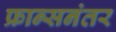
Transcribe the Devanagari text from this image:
फ्रान्सनंतर